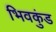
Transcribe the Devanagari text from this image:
भिवकुंड